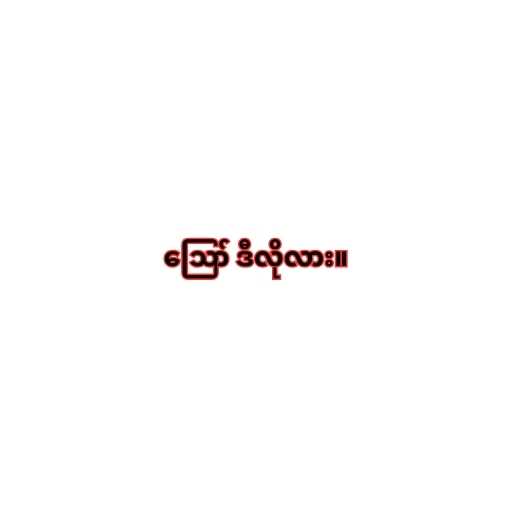
ဪ ဒီလိုလား။